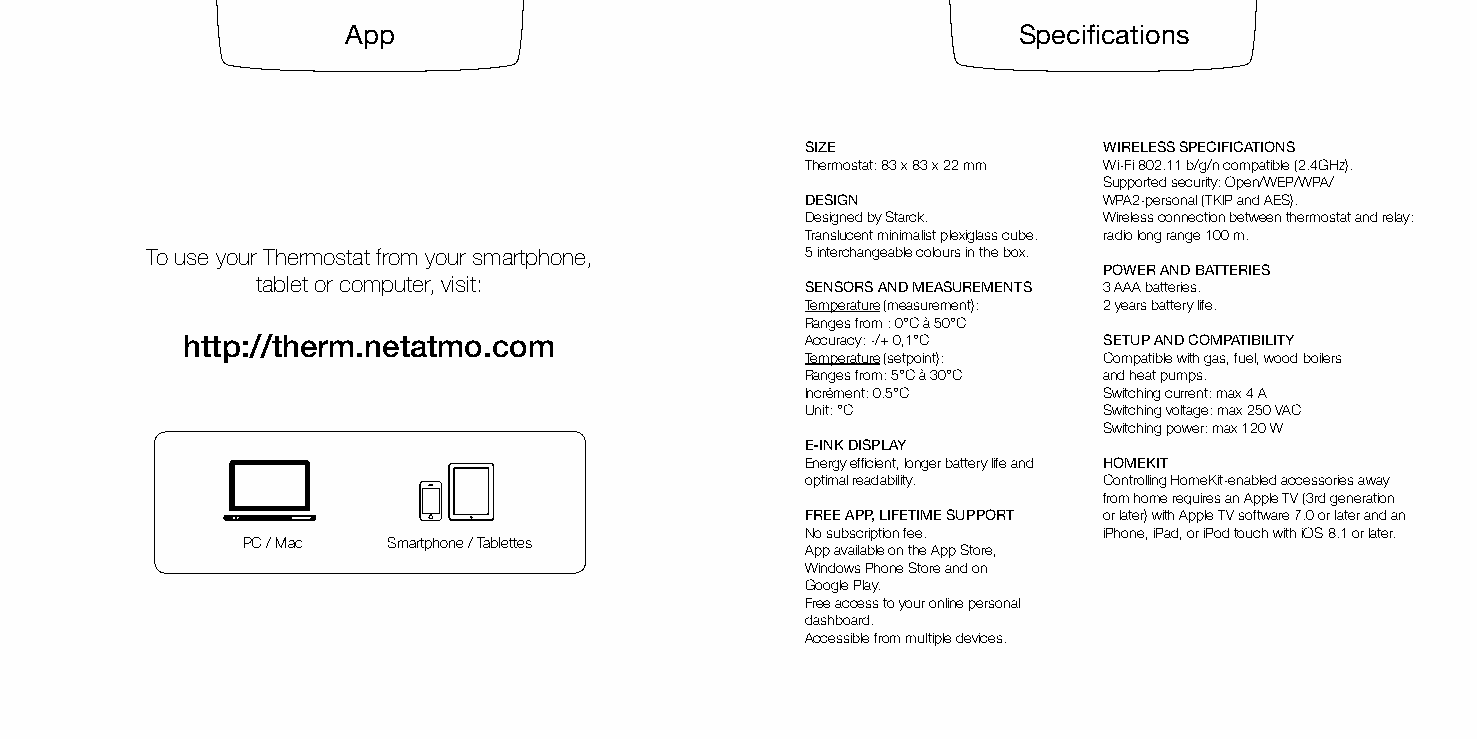
App                                         Specifications
 SIZE                WIRELESS SPECIFICATIONS
 Thermostat: 83 x 83 x 22 mm Wi-Fi 802.11 b/g/n compatible (2.4GHz).
 Supported security: Open/WEP/WPA/
 DESIGN              WPA2-personal (TKIP and AES).
 Designed by Starck. Wireless connection between thermostat and relay:
 Translucent minimalist plexiglass cube. radio long range 100 m.
 To use your Thermostat from your smartphone, 5 interchangeable colours in the box.
 POWER AND BATTERIES
 tablet or computer, visit:
 SENSORS AND MEASUREMENTS 3 AAA batteries.
 Temperature (measurement): 2 years battery life.
 Ranges from : 0°C à 50°C
 http://therm.netatmo.com                 Accuracy: -/+ 0,1°C SETUP AND COMPATIBILITY
 Temperature (setpoint): Compatible with gas, fuel, wood boilers
 Ranges from: 5°C à 30°C and heat pumps.
 Incrément: 0.5°C    Switching current: max 4 A
 Unit: °C            Switching voltage: max 250 VAC
 Switching power: max 120 W
 E-INK DISPLAY
 Energy efficient, longer battery life and HOMEKIT
 optimal readability. Controlling HomeKit-enabled accessories away
 from home requires an Apple TV (3rd generation
 FREE APP, LIFETIME SUPPORT or later) with Apple TV software 7.0 or later and an
 No subscription fee. iPhone, iPad, or iPod touch with iOS 8.1 or later.
 PC / Mac  Smartphone / Tablettes
 App available on the App Store,
 Windows Phone Store and on
 Google Play.
 Free access to your online personal
 dashboard.
 Accessible from multiple devices.